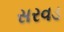
સરવડ